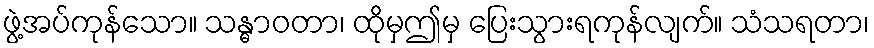
ဖွဲ့အပ်ကုန်သော။ သန္ဓာဝတာ၊ ထိုမှဤမှ ပြေးသွားရကုန်လျက်။ သံသရတာ၊